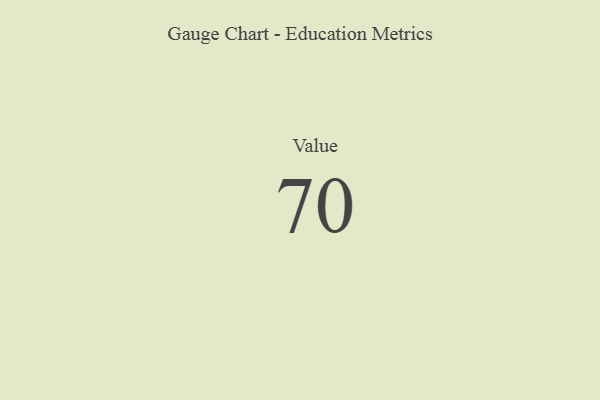
{"axis": {"x": "Metric", "y": "Value"}, "legend": [""], "data": [{"x": "Value", "y": 70, "type": ""}]}